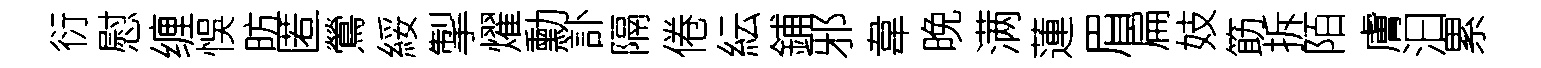
衍慰缠悞昉匿鶯綏掣燿勳訃隔倦紜鋪邪韋晚满蓮眉扁妓筯拆陌膚汩累